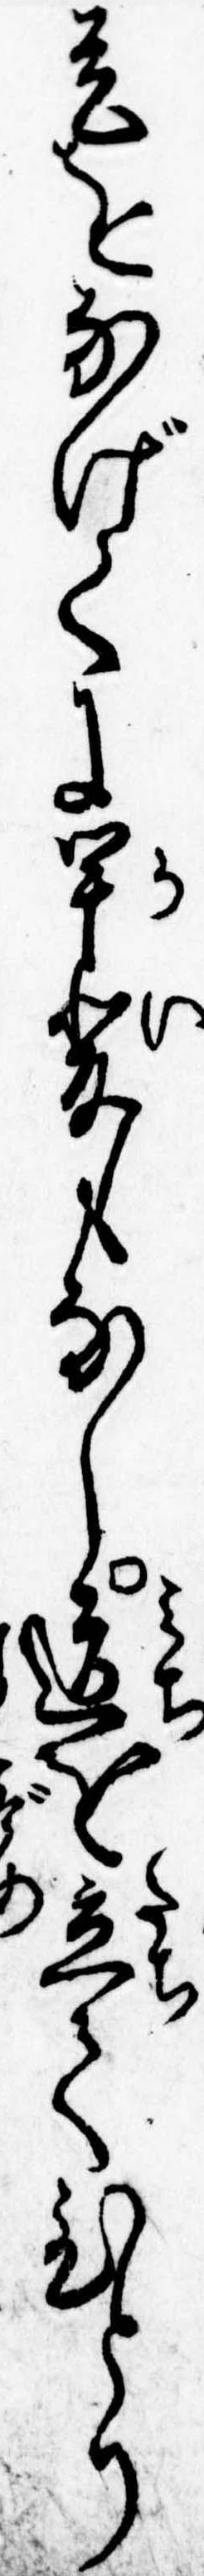
是をなげくに甲斐もなし道を立てひとり